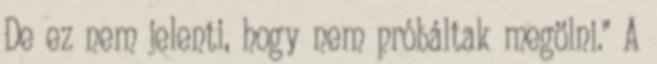
De ez nem jelenti, hogy nem próbáltak megölni." A